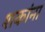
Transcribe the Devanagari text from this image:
शकांना